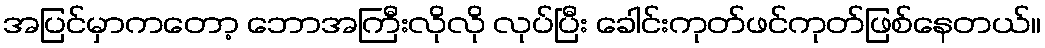
အပြင်မှာကတော့ ဘောအကြီးလိုလို လုပ်ပြီး ခေါင်းကုတ်ဖင်ကုတ်ဖြစ်နေတယ်။